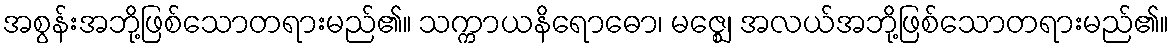
အစွန်းအဘို့ဖြစ်သောတရားမည်၏။ သက္ကာယနိရောဓော၊ မဇ္ဈေ၊ အလယ်အဘို့ဖြစ်သောတရားမည်၏။